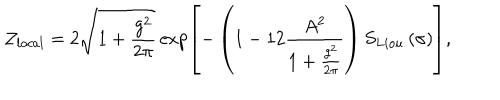
{ \cal Z } _ { l o c a l } = 2 \sqrt { 1 + { \frac { g ^ { 2 } } { 2 \pi } } } \exp \left[ - \left( 1 - { 1 2 } { \frac { A ^ { 2 } } { 1 + { \frac { g ^ { 2 } } { 2 \pi } } } } \right) S _ { L i o u . } ( \sigma ) \right] ,